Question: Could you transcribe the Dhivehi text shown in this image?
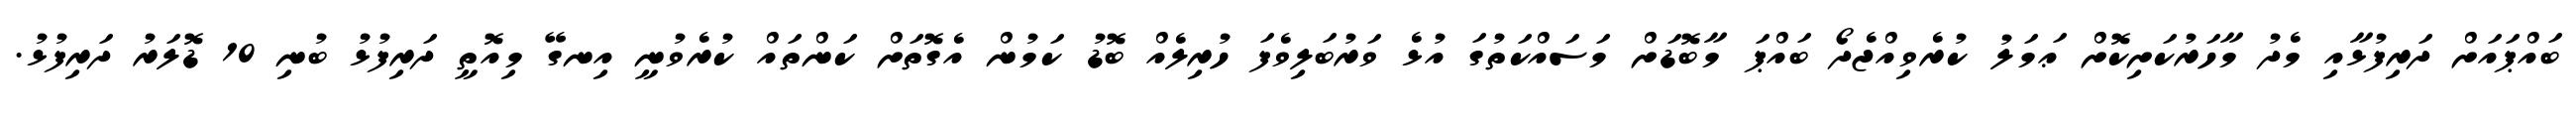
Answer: ބައްޕައަށް ދަރިފުޅާއި މެދު މާހަރުކަށިކޮށް ޢަމަލު ކުރެވިއްޖެދޯ ބައްޕަ މާބޮޑަށް މަސައްކަތުގަ އުޅެ ވަރުބަލިވެފަ ހުރިލެއް ބޮޑު ކަމުން އެގޮތަށް ކަންތައް ކުރެވުނީ އިނގޭ މިއޮތީ ދަރިފުޅު ބުނި 10 ޑޮލަރު ދަރިފުޅު.